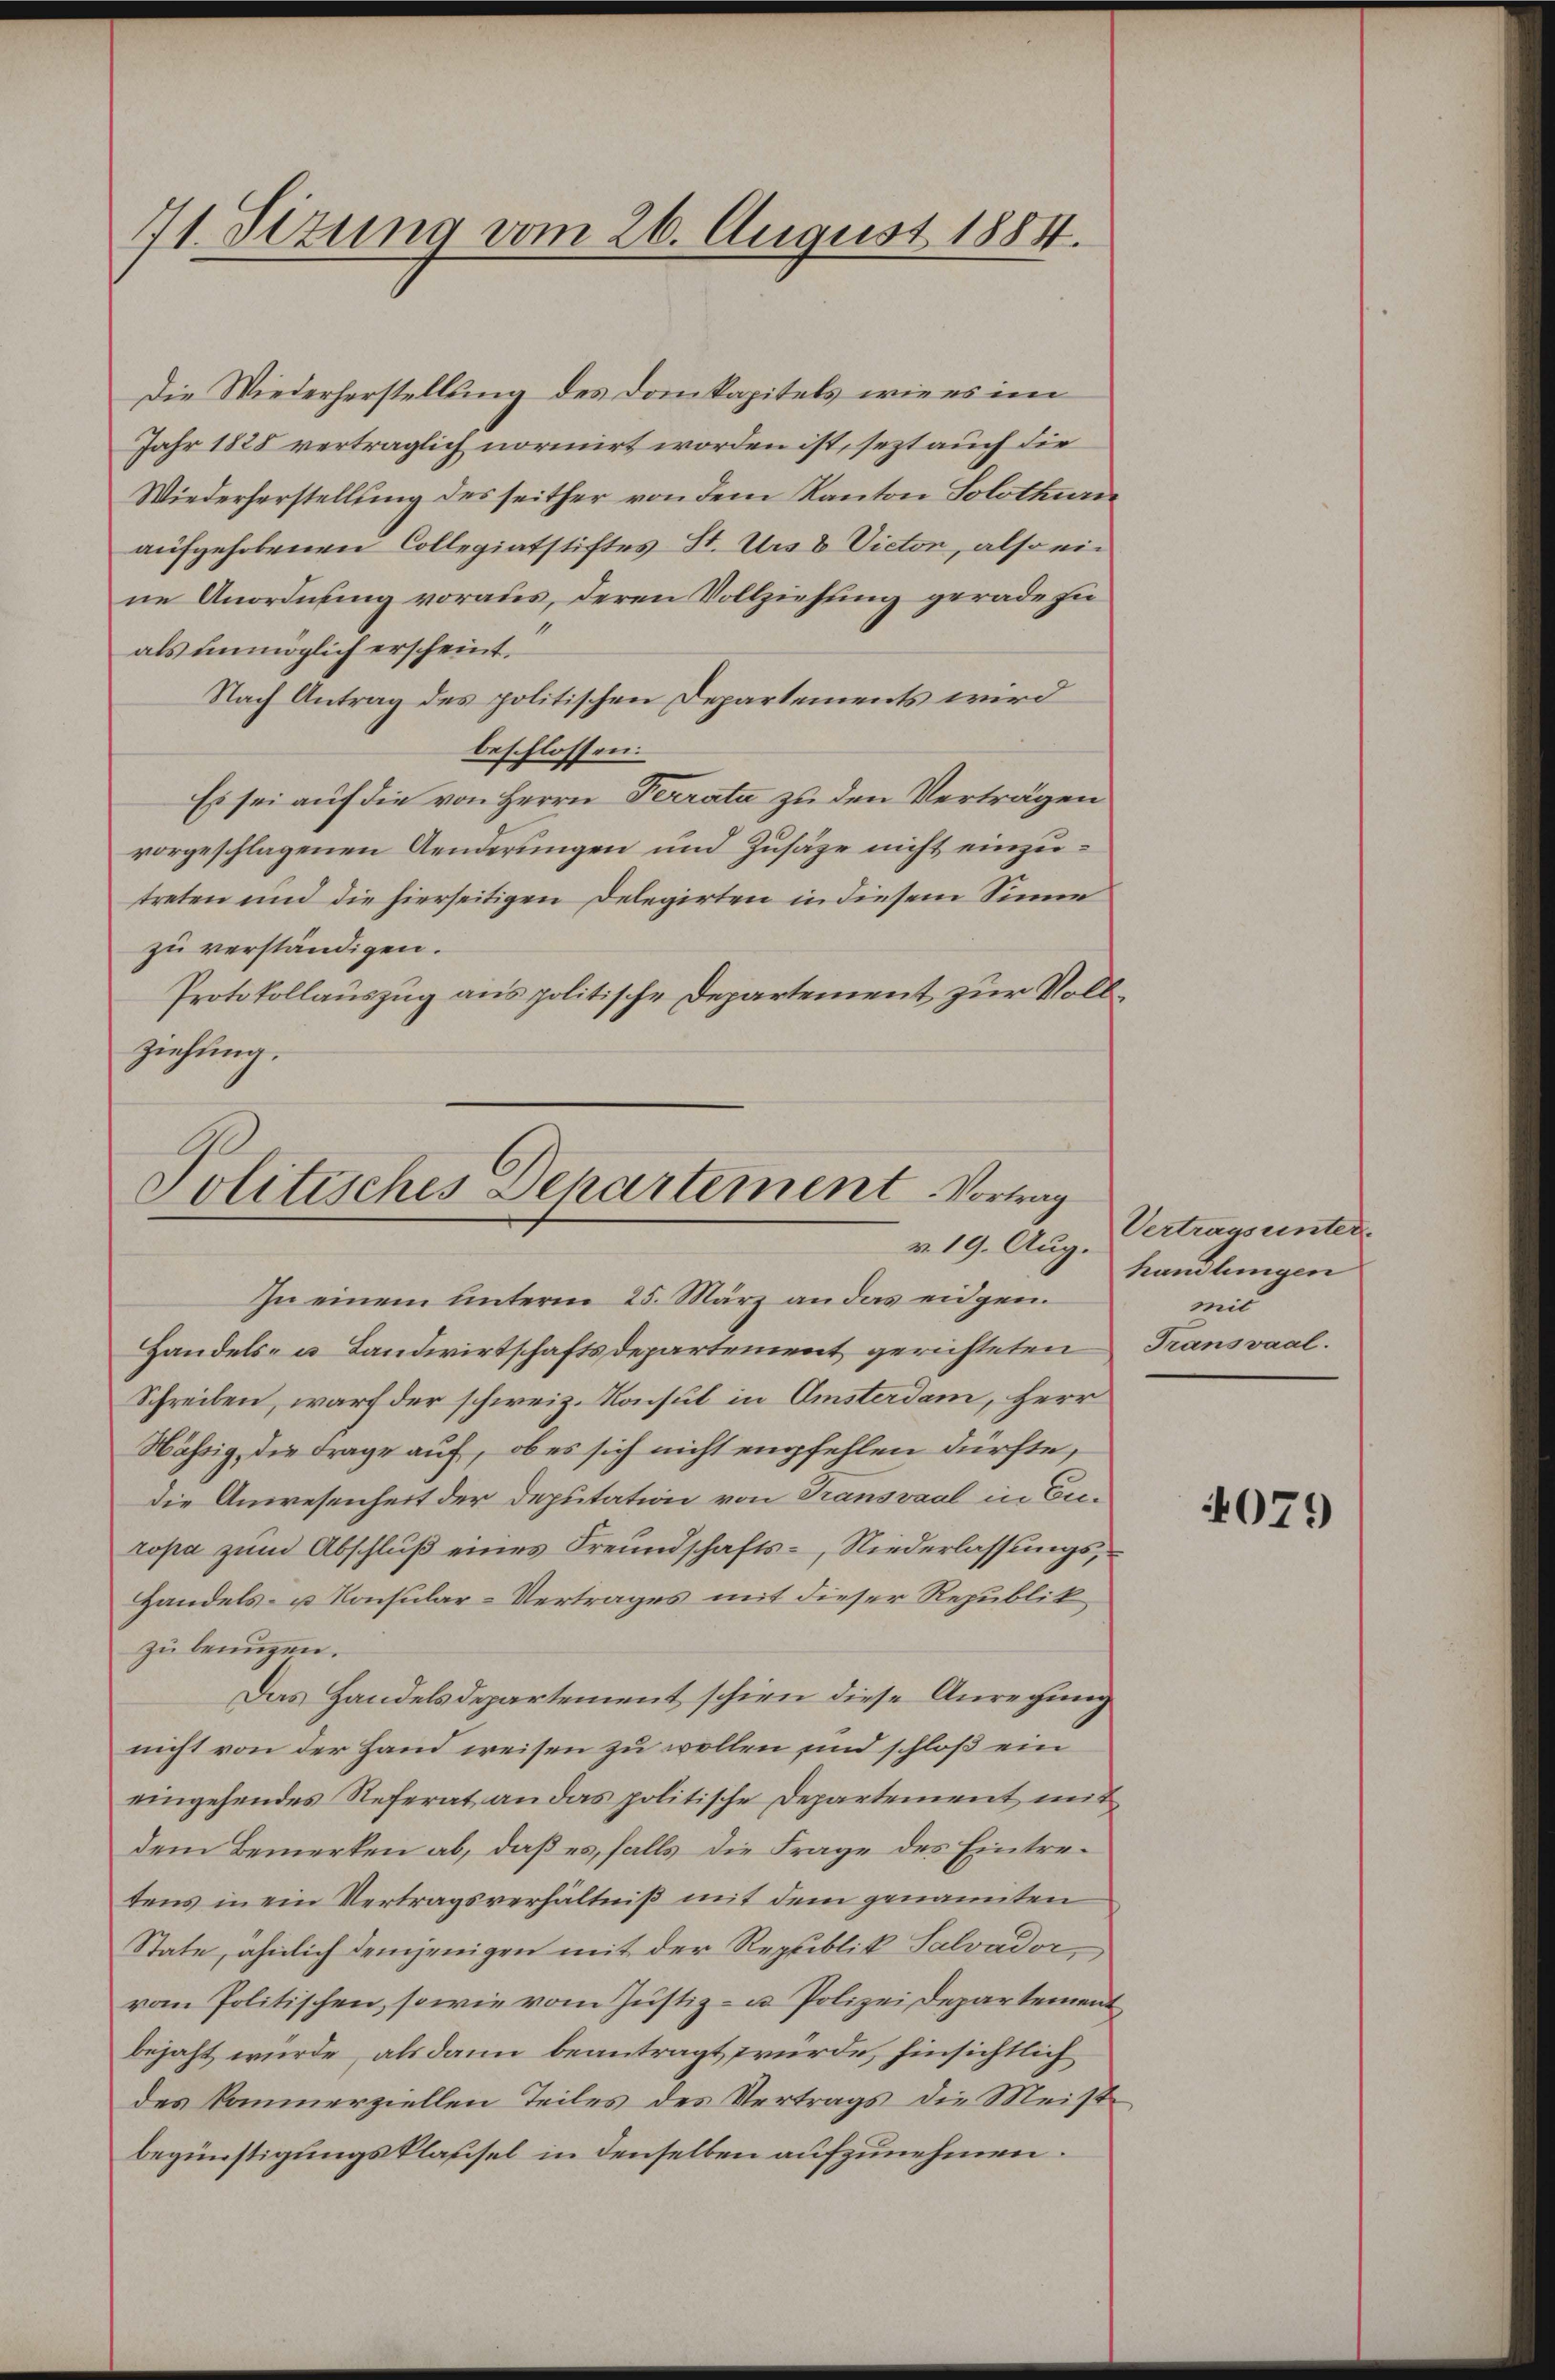
71. Sizung vom 26. August 1884.

Die Wiederherstellung des Domkapitels wie es im
Jahr 1828 vertraglich normirt worden ist, sezt auch die
Wiederherstellung des seither von dem Kanton Solothurn
aufgehobenen Collegiatstiftes St. Urs 8 Victor, also ein
ne Anordnung voraus, deren Vollziehung gerade zu
als unmöglich erscheint.
Nach Antrag des politischen Departements wird
beschlossen:
Es sei auf die von Herrn Terrata zu den Verträgen
vorgeschlagenen Aenderungen und Zusage nicht einzutreten und die hierseitigen Delegirten in diesem Sinne
zu verständigen.
Protokollauszug aus politische Departement zur Vollziehung.

C
Politisches Departement. Vortrag
v. 19. Aug.

In einem unterm 25. März an das eidgen.
Handels- u Landwirtschaftsdepartement gerichteten
Schreiben, warf der schweiz. Konsul in Amsterdam, Herr
Nässig, die Frage auf, ob es sich nicht empfehlen dürfte,
die Anwesenheit der Deputation von Transvaal in Enropa zum Abschluß eines Freundschafts-, Niederlassungs¬
Handels- u. Konsular-Vertrages mit dieser Republik
zu benügen.
Das Handelsdepartement schien diese Anregung
nicht von der Hand weisen zu wollen und schloß ein
eingehendes Referat an das politische Departement mit
dem Bemerken ab, daß es, falls die Frage des Eintretens in ein Vertragsverhältniß mit dem genannten
State, ähnlich demjenigen mit der Republik Salvador,
vom Politischen, sowie vom Justiz- u. Polizei Departement
bejaht würde, als dann beantragt wurde, hinsichtlich
des kommerziellen Teiles des Vertrags die Meistbegünstigungsklassel in denselben aufzunehmen.

Vertragsunter-
handlungen
mit
Transvaal.

4079